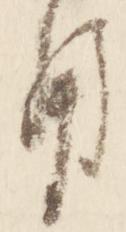
用